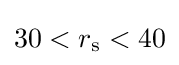
30<r_{\rm {s}}<40